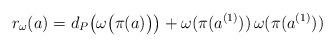
LaTeX: \begin{align*}r_\omega(a) = d_P \big(\omega \big( \pi(a) \big) \big) + \omega ( \pi(a^{(1)}) ) \, \omega ( \pi(a^{(1)}) ) \end{align*}